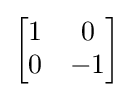
{\begin{bmatrix}1&0\\0&-1\\\end{bmatrix}}